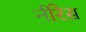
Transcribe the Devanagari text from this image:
नीरेस